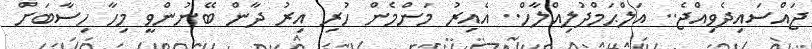
ޖައްސައިދެވިއްޖެ.. އަލްޙަމްދުލިއްލާހް.. އެއިރު މަންމެން ހުރި އިރު ދާން ބޭނުންވީ މިހާ ހިސާބަށް